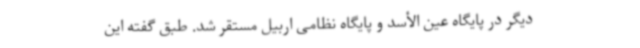
دیگر در پایگاه عین الأسد و پایگاه نظامی اربیل مستقر شد. طبق گفته این